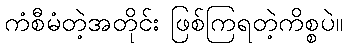
ကံစီမံတဲ့အတိုင်း ဖြစ်ကြရတဲ့ကိစ္စပဲ။